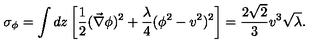
\sigma _ { \phi } = \int d z \left[ \frac { 1 } { 2 } ( \vec { \nabla } \phi ) ^ { 2 } + \frac { \lambda } { 4 } ( \phi ^ { 2 } - v ^ { 2 } ) ^ { 2 } \right] = \frac { 2 \sqrt { 2 } } { 3 } v ^ { 3 } \sqrt { \lambda } .